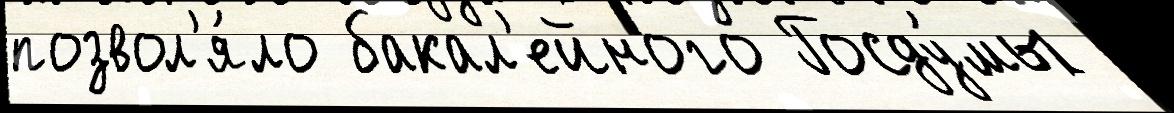
позвол'я́ло бакал'ейного Госду́мы